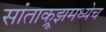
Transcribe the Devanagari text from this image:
सांताक्रूझमध्येच